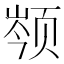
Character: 𬱣